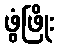
ဖွံဖြိုး